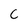
Character: C